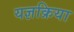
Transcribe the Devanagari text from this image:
यज्ञक्रिया